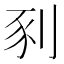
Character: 𫦀